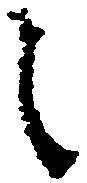
之